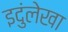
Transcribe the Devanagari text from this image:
इदुंलेखा